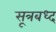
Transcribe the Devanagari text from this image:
सूत्रबध्द